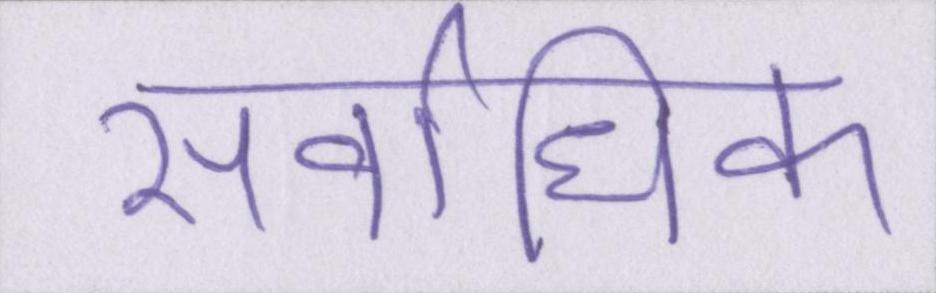
सर्वाधिक